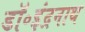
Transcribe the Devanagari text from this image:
डॉ॰इंद्रनाथ